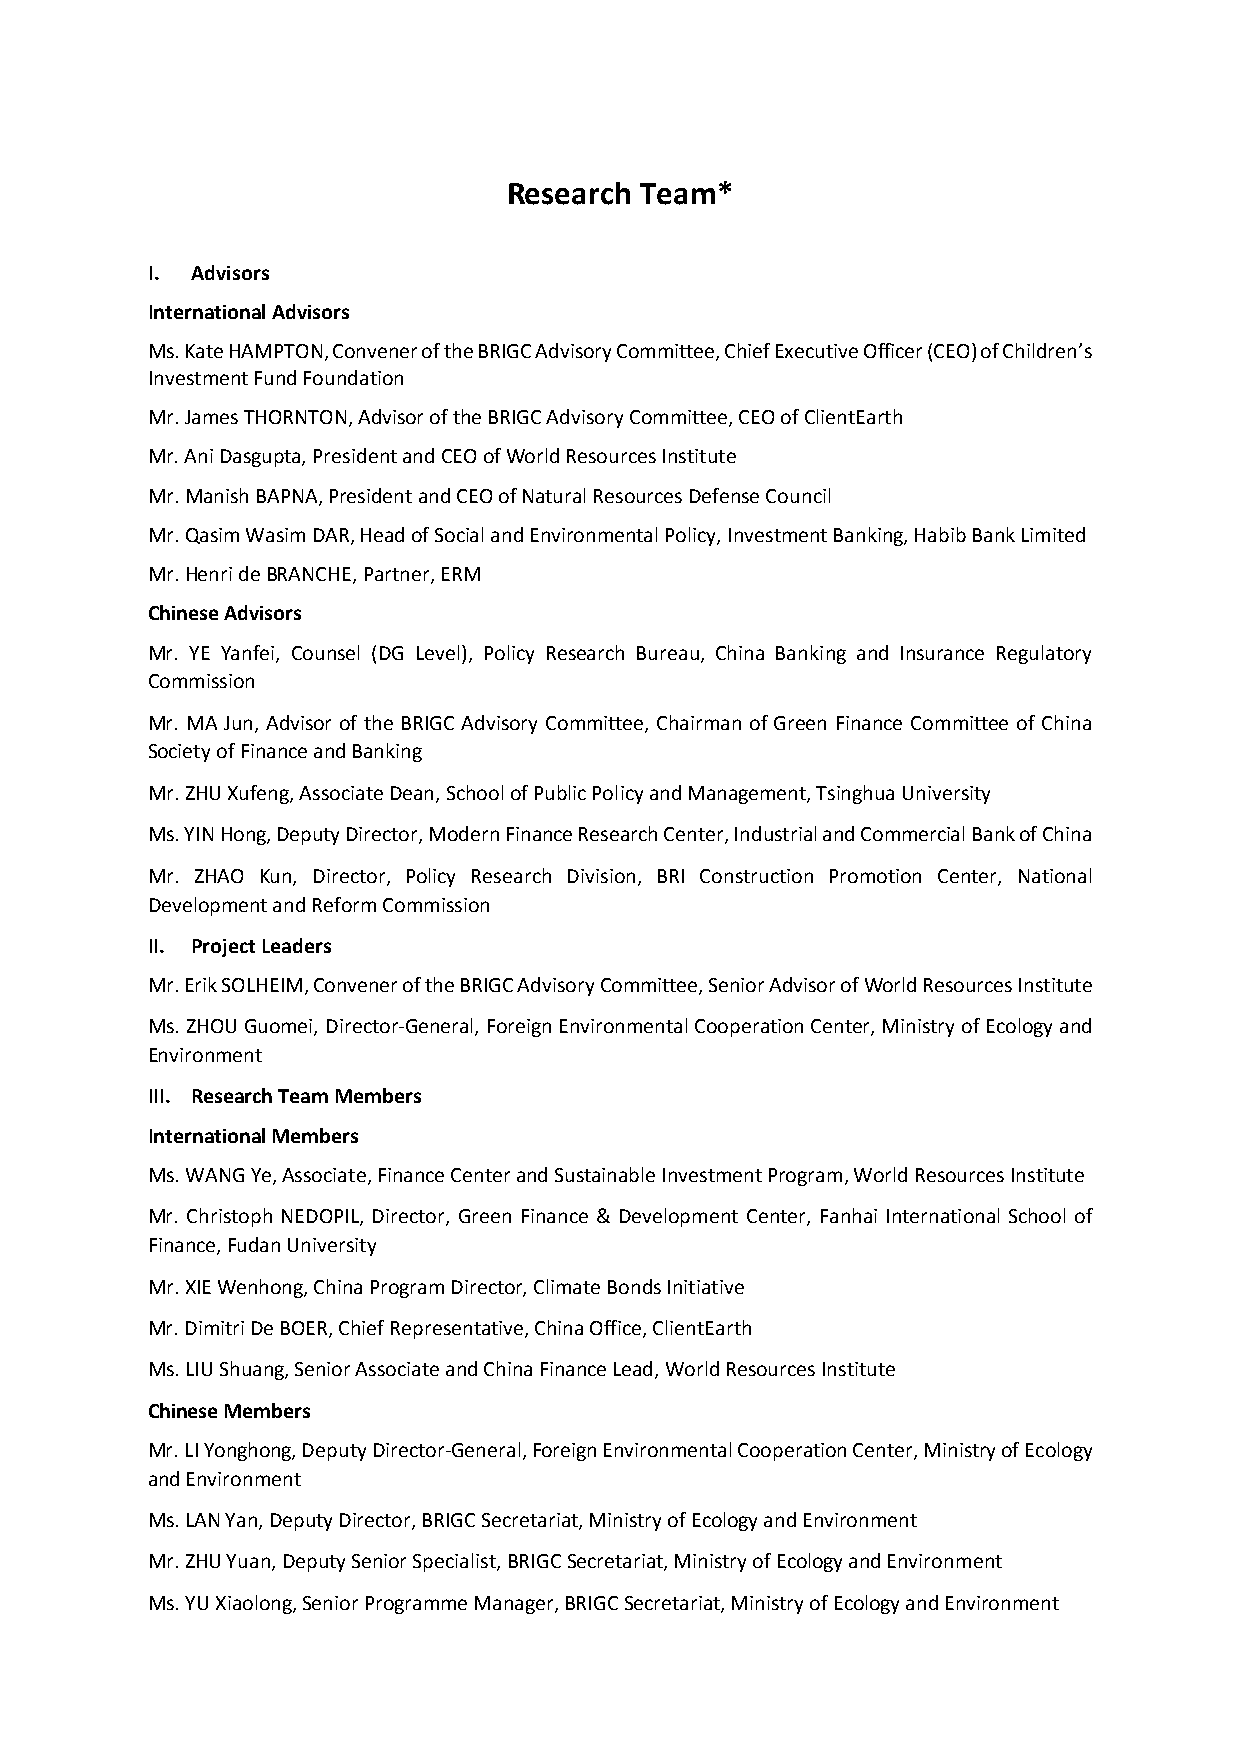
Research Team*
 I. Advisors
 International Advisors
 Ms. Kate HAMPTON, Convener of the BRIGC Advisory Committee, Chief Executive Officer (CEO) of Children’s
 Investment Fund Foundation
 Mr. James THORNTON, Advisor of the BRIGC Advisory Committee, CEO of ClientEarth
 Mr. Ani Dasgupta, President and CEO of World Resources Institute
 Mr. Manish BAPNA, President and CEO of Natural Resources Defense Council
 Mr. Qasim Wasim DAR, Head of Social and Environmental Policy, Investment Banking, Habib Bank Limited
 Mr. Henri de BRANCHE, Partner, ERM
 Chinese Advisors
 Mr. YE Yanfei, Counsel (DG Level), Policy Research Bureau, China Banking and Insurance Regulatory
 Commission
 Mr. MA Jun, Advisor of the BRIGC Advisory Committee, Chairman of Green Finance Committee of China
 Society of Finance and Banking
 Mr. ZHU Xufeng, Associate Dean, School of Public Policy and Management, Tsinghua University
 Ms. YIN Hong, Deputy Director, Modern Finance Research Center, Industrial and Commercial Bank of China
 Mr. ZHAO Kun, Director, Policy Research Division, BRI Construction Promotion Center, National
 Development and Reform Commission
 II. Project Leaders
 Mr. Erik SOLHEIM, Convener of the BRIGC Advisory Committee, Senior Advisor of World Resources Institute
 Ms. ZHOU Guomei, Director-General, Foreign Environmental Cooperation Center, Ministry of Ecology and
 Environment
 III. Research Team Members
 International Members
 Ms. WANG Ye, Associate, Finance Center and Sustainable Investment Program, World Resources Institute
 Mr. Christoph NEDOPIL, Director, Green Finance & Development Center, Fanhai International School of
 Finance, Fudan University
 Mr. XIE Wenhong, China Program Director, Climate Bonds Initiative
 Mr. Dimitri De BOER, Chief Representative, China Office, ClientEarth
 Ms. LIU Shuang, Senior Associate and China Finance Lead, World Resources Institute
 Chinese Members
 Mr. LI Yonghong, Deputy Director-General, Foreign Environmental Cooperation Center, Ministry of Ecology
 and Environment
 Ms. LAN Yan, Deputy Director, BRIGC Secretariat, Ministry of Ecology and Environment
 Mr. ZHU Yuan, Deputy Senior Specialist, BRIGC Secretariat, Ministry of Ecology and Environment
 Ms. YU Xiaolong, Senior Programme Manager, BRIGC Secretariat, Ministry of Ecology and Environment